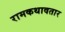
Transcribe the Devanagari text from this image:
रामकथावतार